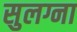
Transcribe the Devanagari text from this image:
सुलग्ना